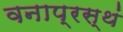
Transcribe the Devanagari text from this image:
वनाप्रस्थं